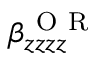
\beta _ { z z z z } ^ { \mathrm { ~ O ~ R ~ } }